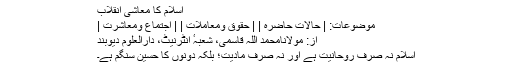
اسلام کا معاشی انقلاب
موضوعات: | حالات حاضرہ | | حقوق ومعاملات | | اجتماع ومعاشرت |
از: مولانامحمد اللہ قاسمی، شعبہٴ انٹرنیٹ، دارالعلوم دیوبند
اسلام نہ صرف روحانیت ہے اور نہ صرف مادیت؛ بلکہ دونوں کا حسین سنگم ہے۔